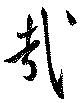
哉